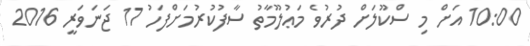
10:00 އަށް މި ސްކޫލަށް ދުރުވެ މަޢުލޫމާތު ސާފުކުރުމަށްފަހު 17 ޖަނަވަރީ 2016